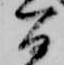
間